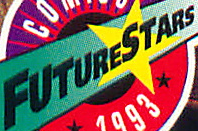
FUTURESTARS